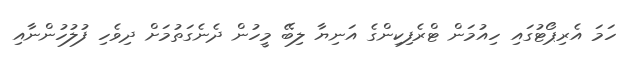
ހަމަ އެރިޕޯޓުގައި ހިއުމަން ޓްރެފިކިންގެ އަނިޔާ ލިބޭ މީހުން ދެނެގަތުމަށް ދިވެހި ފުލުހުންނާއި